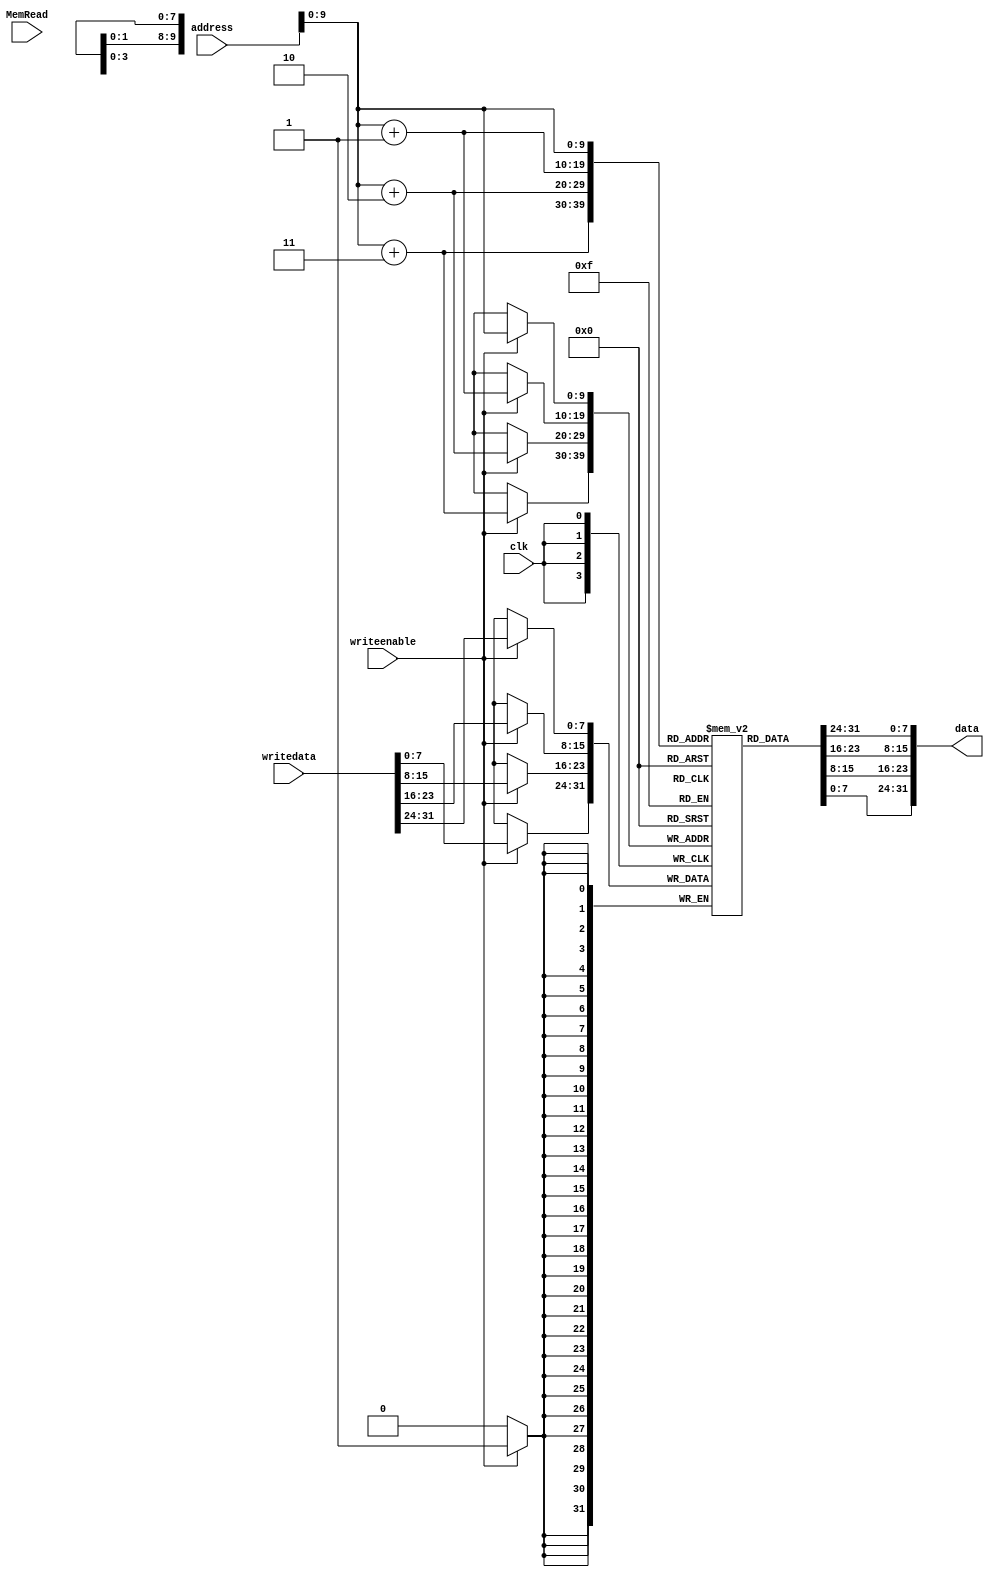
//Designing of Data Memory module

`timescale 1 ps / 100 fs
module dataMem(data, address, writedata, writeenable,MemRead,clk);

input [31:0] address, writedata;
input writeenable,MemRead, clk;
output [31:0] data;
reg [7:0] datamem[1023:0];
reg [31:0] temp;

buf #1000 buf0(data[0],temp[0]),
   buf1(data[1],temp[1]),
   buf2(data[2],temp[2]),
   buf3(data[3],temp[3]),
   buf4(data[4],temp[4]),
   buf5(data[5],temp[5]),
   buf6(data[6],temp[6]),
   buf7(data[7],temp[7]),
   buf8(data[8],temp[8]),
   buf9(data[9],temp[9]),
   buf10(data[10],temp[10]),
   buf11(data[11],temp[11]),
   buf12(data[12],temp[12]),
   buf13(data[13],temp[13]),
   buf14(data[14],temp[14]),
   buf15(data[15],temp[15]),
   buf16(data[16],temp[16]),
   buf17(data[17],temp[17]),
   buf18(data[18],temp[18]),
   buf19(data[19],temp[19]),
   buf20(data[20],temp[20]),
   buf21(data[21],temp[21]),
   buf22(data[22],temp[22]),
   buf23(data[23],temp[23]),
   buf24(data[24],temp[24]),
   buf25(data[25],temp[25]),
   buf26(data[26],temp[26]),
   buf27(data[27],temp[27]),
   buf28(data[28],temp[28]),
   buf29(data[29],temp[29]),
   buf30(data[30],temp[30]),
   buf31(data[31],temp[31]);

always @(posedge clk)
 if (writeenable)
 begin
  datamem[address]=writedata[31:24];
  datamem[address+1]=writedata[23:16];
  datamem[address+2]=writedata[15:8];
  datamem[address+3]=writedata[7:0];
 end

always @(address or datamem[address] or datamem[address+1] or datamem[address+2] or datamem[address+3])
begin
 temp={datamem[address],datamem[address+1],datamem[address+2],datamem[address+3]};
end
endmodule